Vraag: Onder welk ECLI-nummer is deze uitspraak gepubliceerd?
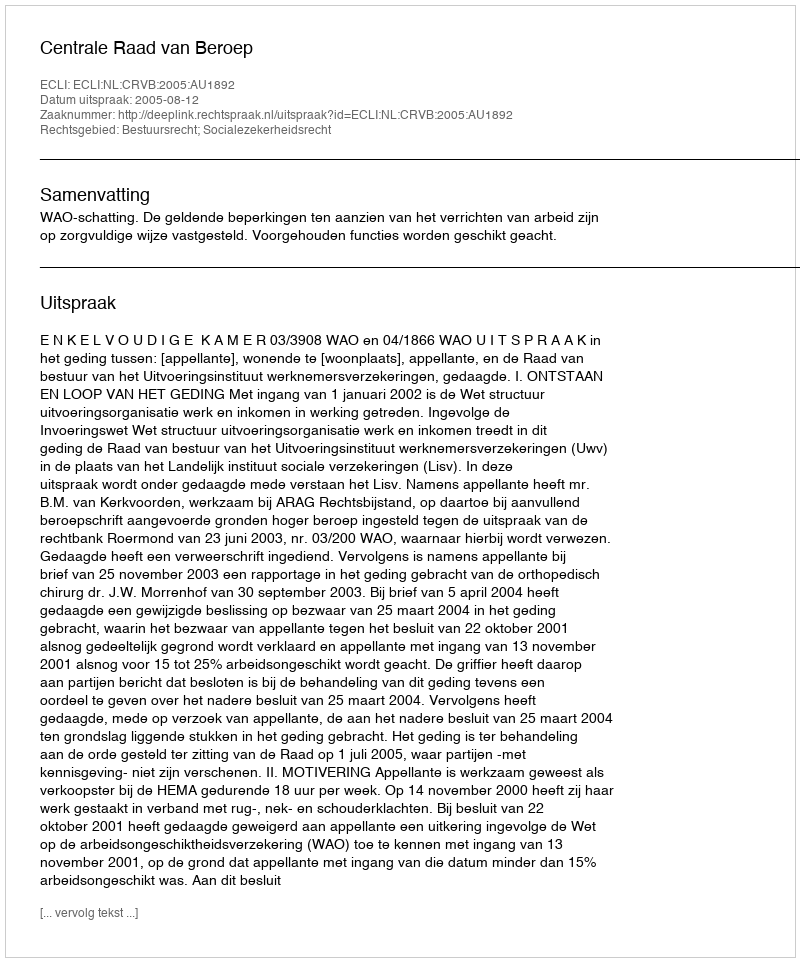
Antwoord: ECLI:NL:CRVB:2005:AU1892